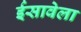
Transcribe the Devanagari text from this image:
ईसावेला